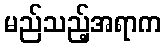
မည်သည့်အရာက